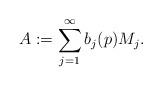
LaTeX: \begin{align*} A:=\sum_{j=1}^\infty b_j(p) M_j.\end{align*}